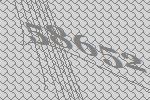
58652